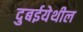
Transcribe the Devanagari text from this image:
दुबईयेथील